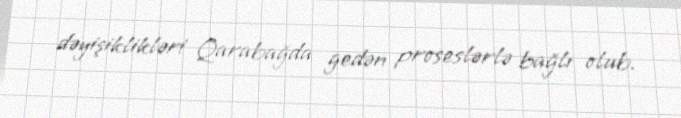
dəyişiklikləri Qarabağda gedən proseslərlə bağlı olub.